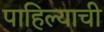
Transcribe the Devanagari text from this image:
पाहिल्याची